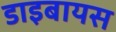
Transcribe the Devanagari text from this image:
डाइबायस